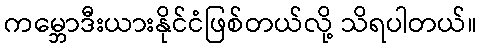
ကမ္ဘောဒီးယားနိုင်ငံဖြစ်တယ်လို့ သိရပါတယ်။